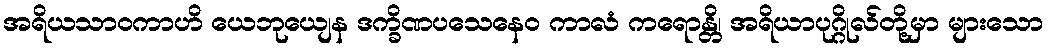
အရိယသာဝကာဟိ ယေဘုယျေန ဒက္ခိဏပသေနေဝ ကာလံ ကရောန္တိ၊ အရိယာပုဂ္ဂိုလ်တို့မှာ များသော